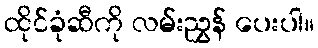
ထိုင်ခုံဆီကို လမ်းညွှန် ပေးပါ။